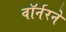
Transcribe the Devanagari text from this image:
वॉर्नरने